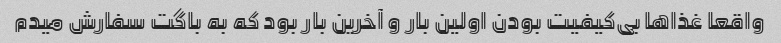
واقعا غذاها بی‌کیفیت بودن اولین بار و آخرین بار بود که به باگت سفارش میدم